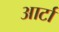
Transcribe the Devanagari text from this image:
आर्टा